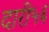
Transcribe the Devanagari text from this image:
दारी५६